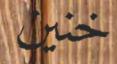
خنين